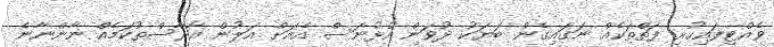
ވެއްޓިފައިހުރި ފަތްތަކެއް ނަގައިގެން ބަޔަކު ދުވަން އުޅުނަސް އެއަށް އަލުން އާރާސްތުކަމެއް ނާންނާނެ